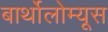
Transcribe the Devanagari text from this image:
बार्थोलोम्यूस